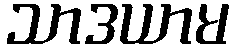
သာဒယာမ